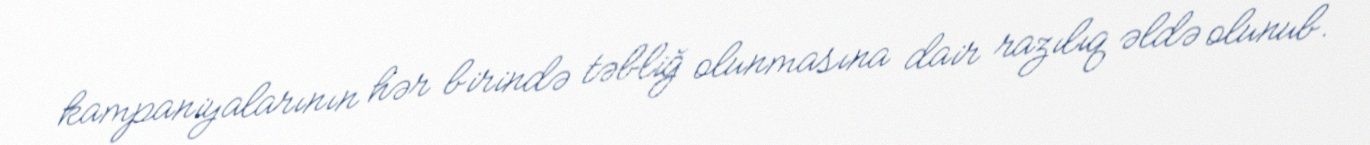
kampaniyalarının hər birində təbliğ olunmasına dair razılıq əldə olunub.